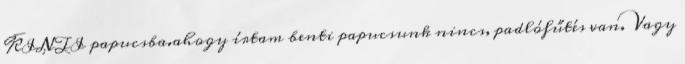
KINTI papucsba.ahogy írtam benti papucsunk nincs, padlófűtés van. Vagy